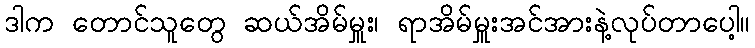
ဒါက တောင်သူတွေ ဆယ်အိမ်မှူး၊ ရာအိမ်မှူးအင်အားနဲ့လုပ်တာပေါ့။